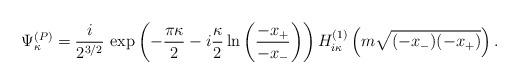
LaTeX: \begin{align*}\Psi_{\kappa}^{(P)}=\frac{i}{2^{3/2}}\,\exp\left(-\frac{\pi\kappa}2-i\frac{\kappa}2\ln\left(\frac{-x_+}{-x_-}\right)\right)H_{i\kappa}^{(1)}\left(m\sqrt{(-x_-)(-x_+)}\right).\end{align*}